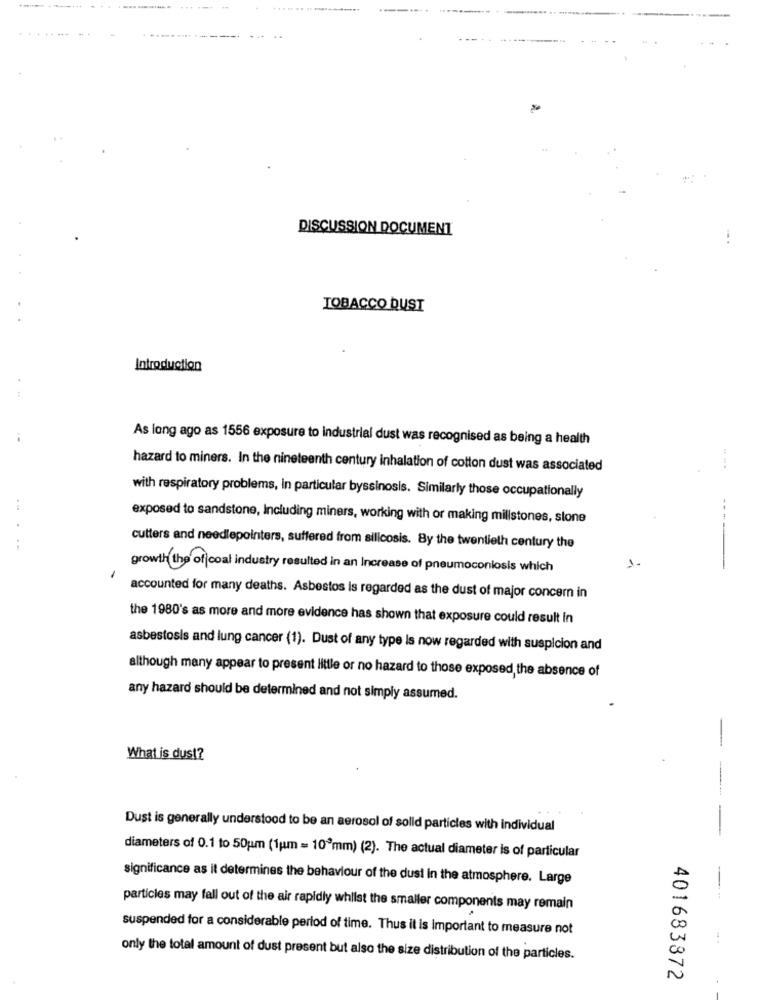
-....
DISCUSSION DOCUMENT
...
TOBACCO DUST
Introduction
As long ago as 1556 exposure to industrial dust was recognised as being a health
hazard to miners. In the nineteenth century inhalation of cotton dust was associated
with respiratory problems, in particular byssinosis. Similarly those occupationally
exposed to sandstone, Including miners, working with or making millstones, stone
----
cutters and needlepointers, suffered from silicosis. By the twentieth century the
growth the of coal industry resulted in an Increase of pneumoconiosis which
accounted for many deaths. Asbestos is regarded as the dust of major concern in
the 1980's as more and more evidence has shown that exposure could result in
asbestosis and lung cancer (1). Dust of any type Is now regarded with suspicion and
although many appear to present little or no hazard to those exposed, the absence of
any hazard should be determined and not simply assumed.
-
What is dus !?
--
Dust is generally understood to be an aerosol of solid particles with individual
diameters of 0.1 to 50um (1um = 109mm) (2). The actual diameter is of particular
significance as it determines the behaviour of the dust in the atmosphere. Large
-
particles may fall out of the air rapidly whilst the smaller components may remain
suspended for a considerable period of time. Thus it is Important to measure not
Co
only the total amount of dust present but also the size distribution of the particles.
N
401683872